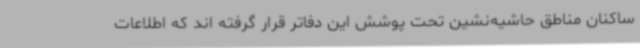
ساکنان مناطق حاشیه‌نشین تحت پوشش این دفاتر قرار گرفته اند که اطلاعات